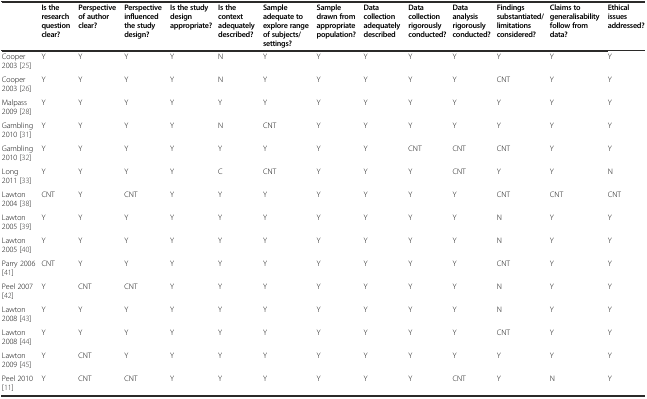
<table><thead><tr><td></td><td><b>Is the research question clear?</b></td><td><b>Perspective of author clear?</b></td><td><b>Perspective influenced the study design?</b></td><td><b>Is the study design appropriate?</b></td><td><b>Is the context adequately described?</b></td><td><b>Sample adequate to explore range of subjects/ settings?</b></td><td><b>Sample drawn from appropriate population?</b></td><td><b>Data collection adequately described</b></td><td><b>Data collection rigorously conducted?</b></td><td><b>Data analysis rigorously conducted?</b></td><td><b>Findings substantiated/limitations considered?</b></td><td><b>Claims to generalisability follow from data?</b></td><td><b>Ethical issues addressed?</b></td></tr></thead><tbody><tr><td>Cooper 2003 [25]</td><td>Y</td><td>Y</td><td>Y</td><td>Y</td><td>N</td><td>Y</td><td>Y</td><td>Y</td><td>Y</td><td>Y</td><td>Y</td><td>Y</td><td>Y</td></tr><tr><td>Cooper 2003 [26]</td><td>Y</td><td>Y</td><td>Y</td><td>Y</td><td>N</td><td>Y</td><td>Y</td><td>Y</td><td>Y</td><td>Y</td><td>CNT</td><td>Y</td><td>Y</td></tr><tr><td>Malpass 2009 [28]</td><td>Y</td><td>Y</td><td>Y</td><td>Y</td><td>Y</td><td>Y</td><td>Y</td><td>Y</td><td>Y</td><td>Y</td><td>Y</td><td>Y</td><td>Y</td></tr><tr><td>Gambling 2010 [31]</td><td>Y</td><td>Y</td><td>Y</td><td>Y</td><td>N</td><td>CNT</td><td>Y</td><td>Y</td><td>Y</td><td>Y</td><td>Y</td><td>Y</td><td>Y</td></tr><tr><td>Gambling 2010 [32]</td><td>Y</td><td>Y</td><td>Y</td><td>Y</td><td>Y</td><td>Y</td><td>Y</td><td>Y</td><td>CNT</td><td>CNT</td><td>CNT</td><td>Y</td><td>Y</td></tr><tr><td>Long 2011 [33]</td><td>Y</td><td>Y</td><td>Y</td><td>Y</td><td>C</td><td>CNT</td><td>Y</td><td>Y</td><td>Y</td><td>CNT</td><td>Y</td><td>Y</td><td>N</td></tr><tr><td>Lawton 2004 [38]</td><td>CNT</td><td>Y</td><td>CNT</td><td>Y</td><td>Y</td><td>Y</td><td>Y</td><td>Y</td><td>Y</td><td>Y</td><td>CNT</td><td>CNT</td><td>CNT</td></tr><tr><td>Lawton 2005 [39]</td><td>Y</td><td>Y</td><td>Y</td><td>Y</td><td>Y</td><td>Y</td><td>Y</td><td>Y</td><td>Y</td><td>Y</td><td>N</td><td>Y</td><td>Y</td></tr><tr><td>Lawton 2005 [40]</td><td>Y</td><td>Y</td><td>Y</td><td>Y</td><td>Y</td><td>Y</td><td>Y</td><td>Y</td><td>Y</td><td>Y</td><td>N</td><td>Y</td><td>Y</td></tr><tr><td>Parry 2006 [41]</td><td>CNT</td><td>Y</td><td>Y</td><td>Y</td><td>Y</td><td>Y</td><td>Y</td><td>Y</td><td>Y</td><td>Y</td><td>CNT</td><td>Y</td><td>Y</td></tr><tr><td>Peel 2007 [42]</td><td>Y</td><td>CNT</td><td>CNT</td><td>Y</td><td>Y</td><td>Y</td><td>Y</td><td>Y</td><td>Y</td><td>Y</td><td>N</td><td>Y</td><td>Y</td></tr><tr><td>Lawton 2008 [43]</td><td>Y</td><td>Y</td><td>Y</td><td>Y</td><td>Y</td><td>Y</td><td>Y</td><td>Y</td><td>Y</td><td>Y</td><td>N</td><td>Y</td><td>Y</td></tr><tr><td>Lawton 2008 [44]</td><td>Y</td><td>Y</td><td>Y</td><td>Y</td><td>Y</td><td>Y</td><td>Y</td><td>Y</td><td>Y</td><td>Y</td><td>CNT</td><td>Y</td><td>Y</td></tr><tr><td>Lawton 2009 [45]</td><td>Y</td><td>CNT</td><td>Y</td><td>Y</td><td>Y</td><td>Y</td><td>Y</td><td>Y</td><td>Y</td><td>Y</td><td>Y</td><td>Y</td><td>Y</td></tr><tr><td>Peel 2010 [11]</td><td>Y</td><td>CNT</td><td>CNT</td><td>Y</td><td>Y</td><td>Y</td><td>Y</td><td>Y</td><td>Y</td><td>CNT</td><td>Y</td><td>N</td><td>Y</td></tr></tbody></table>